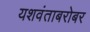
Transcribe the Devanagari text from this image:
यशवंताबरोबर